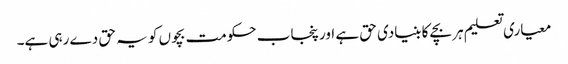
معیاری تعلیم ہر بچے کا بنیادی حق ہے اور پنجاب حکومت بچوں کو یہ حق دے رہی ہے۔